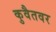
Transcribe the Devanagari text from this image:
कुवैतवर